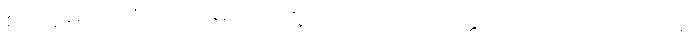
စတုဗ္ဗိဓာယ ဧကာဟမ္ပိ တဒဟူတိ ပုရာဏပေါတ္ထကေသု ဒသာဟပရမံ